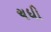
ચધી